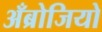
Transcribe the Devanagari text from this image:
अँब्रोजियो